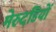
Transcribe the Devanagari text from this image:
मेरुदंडियों